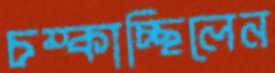
চম্‌কাচ্ছিলেন